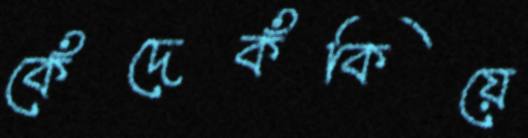
কেঁদেকঁকিয়ে